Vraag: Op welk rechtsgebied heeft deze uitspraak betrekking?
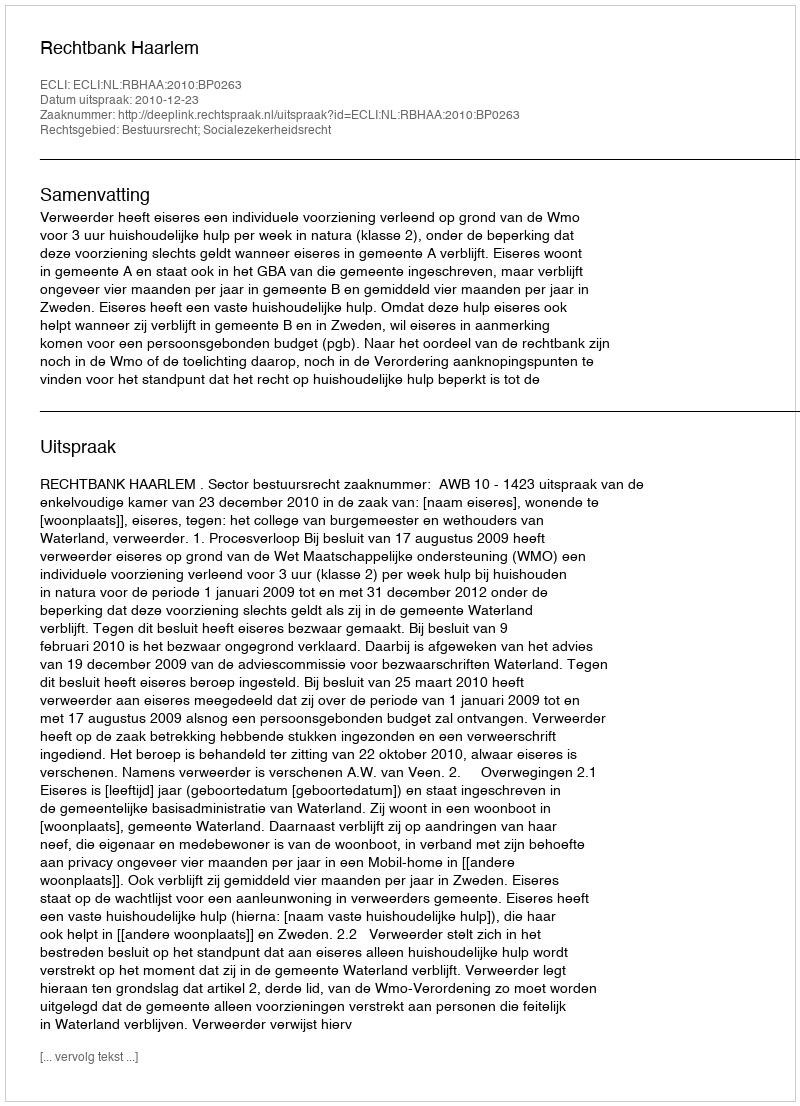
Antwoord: Bestuursrecht; Socialezekerheidsrecht